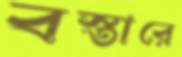
বস্তারে